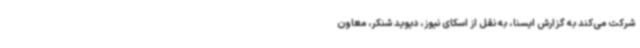
شرکت می‌کند به گزارش ایسنا، به نقل از اسکای نیوز، دیوید شنکر، معاون